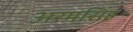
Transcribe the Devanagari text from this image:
अरमसिंह